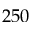
2 5 0